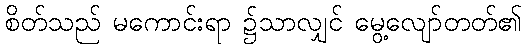
စိတ်သည် မကောင်းရာ ၌သာလျှင် မွေ့လျော်တတ်၏